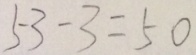
5 3 - 3 = 5 0